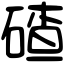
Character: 碴